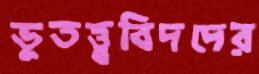
ভূতত্ত্ববিদদের